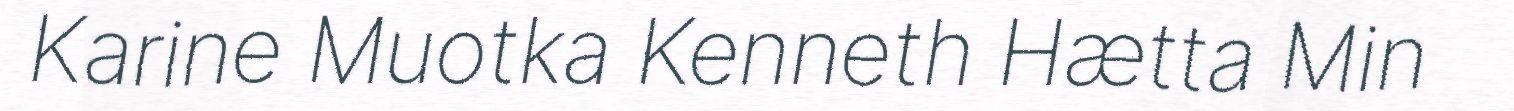
Karine Muotka Kenneth Hætta Min